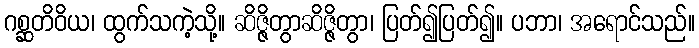
ဂစ္ဆတိဝိယ၊ ထွက်သကဲ့သို့။ ဆိဇ္ဇိတွာဆိဇ္ဇိတွာ၊ ပြတ်၍ပြတ်၍။ ပဘာ၊ အရောင်သည်။